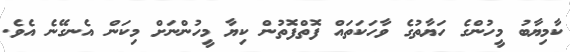
ކާމިޔާބު މީހުންގެ ހަޔާތުގެ ވާހަކަތައް ފޮތްފޮތުން ކިޔާ މީހުންނަށް މިކަން އެނގޭނެ އެވެ.